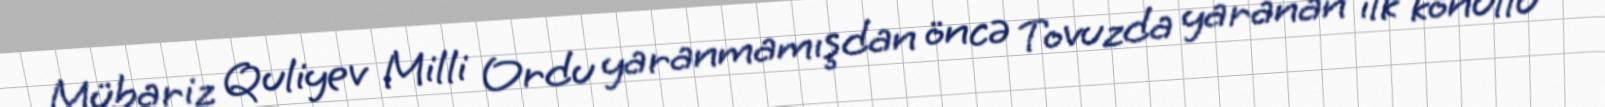
Mübariz Quliyev Milli Ordu yaranmamışdan öncə Tovuzda yaranan ilk könüllü